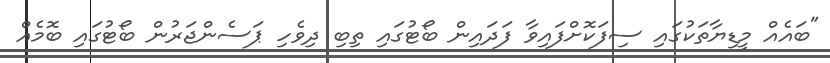
"ބައެއް މީޑިޔާތަކުގައި ސިފަކޮށްފައިވާ ފަދައިން ބޯޓުގައި ތިބި ދިވެހި ޕަސެންޖަރުން ބޯޓުގައި ބޮމެއް